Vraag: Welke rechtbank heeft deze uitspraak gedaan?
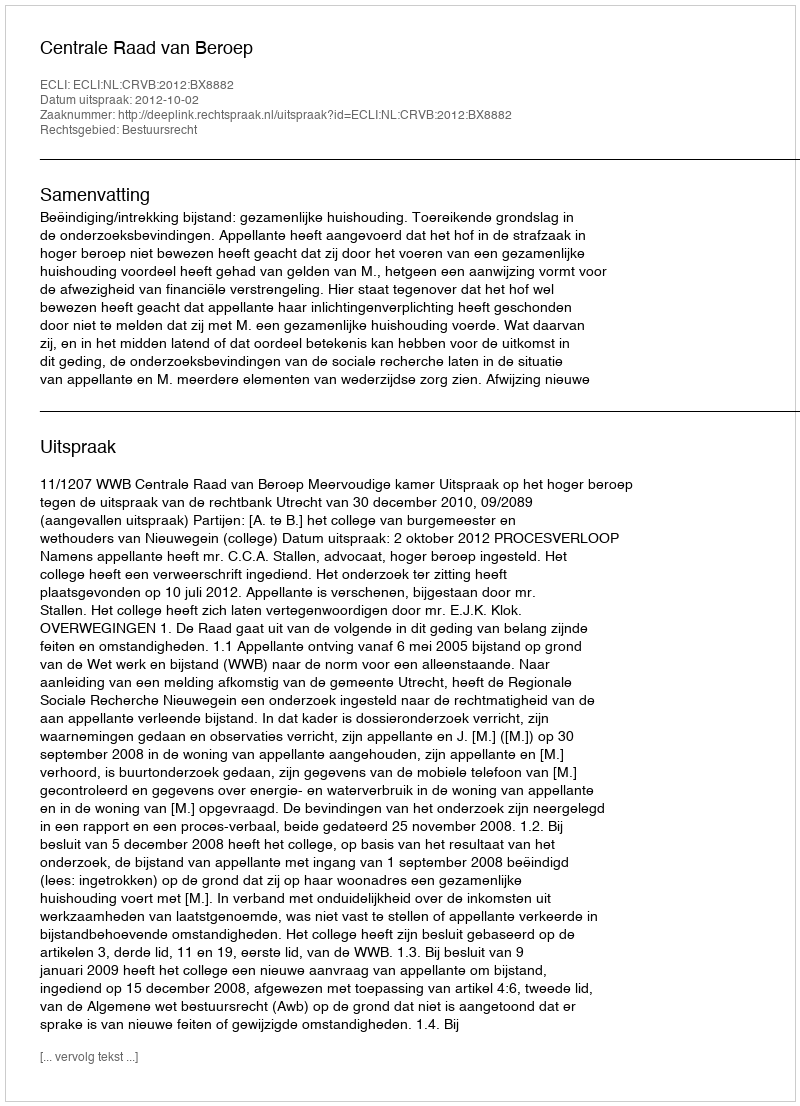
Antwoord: Centrale Raad van Beroep